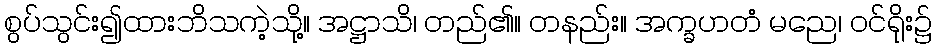
စွပ်သွင်း၍ထားဘိသကဲ့သို့။ အဋ္ဌာသိ၊ တည်၏။ တနည်း။ အက္ခဟတံ မညေ၊ ဝင်ရိုး၌